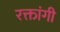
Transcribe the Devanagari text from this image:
रक्तांगी